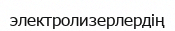
электролизерлердің